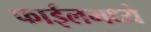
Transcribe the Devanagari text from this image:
फाईलमध्ये